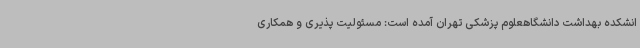
انشکده بهداشت دانشگاهعلوم پزشکی تهران آمده است: مسئولیت پذیری و همکاری